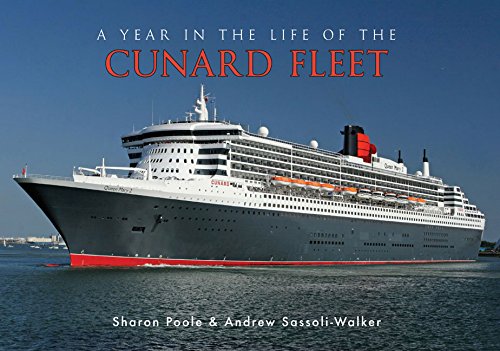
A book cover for A Year in the Life of the Cunard Fleet; Sharon Poole; Travel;